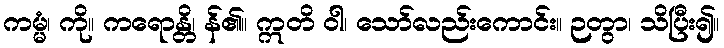
ကမ္မံ၊ ကို။ ကရောန္တိ၊ န်၏။ ဣတိ ဝါ၊ သော်လည်းကောင်း။ ဉတွာ၊ သိပြီး၍။